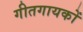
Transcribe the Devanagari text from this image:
गीतगायकों